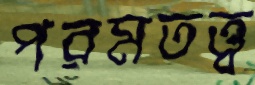
পরমতত্ত্ব